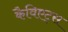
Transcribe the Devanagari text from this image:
कैविएट्स